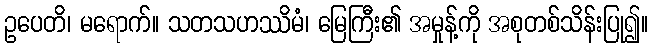
ဥပေတိ၊ မရောက်။ သတသဟဿိမံ၊ မြေကြီး၏ အမှုန့်ကို အစုတစ်သိန်းပြု၍။